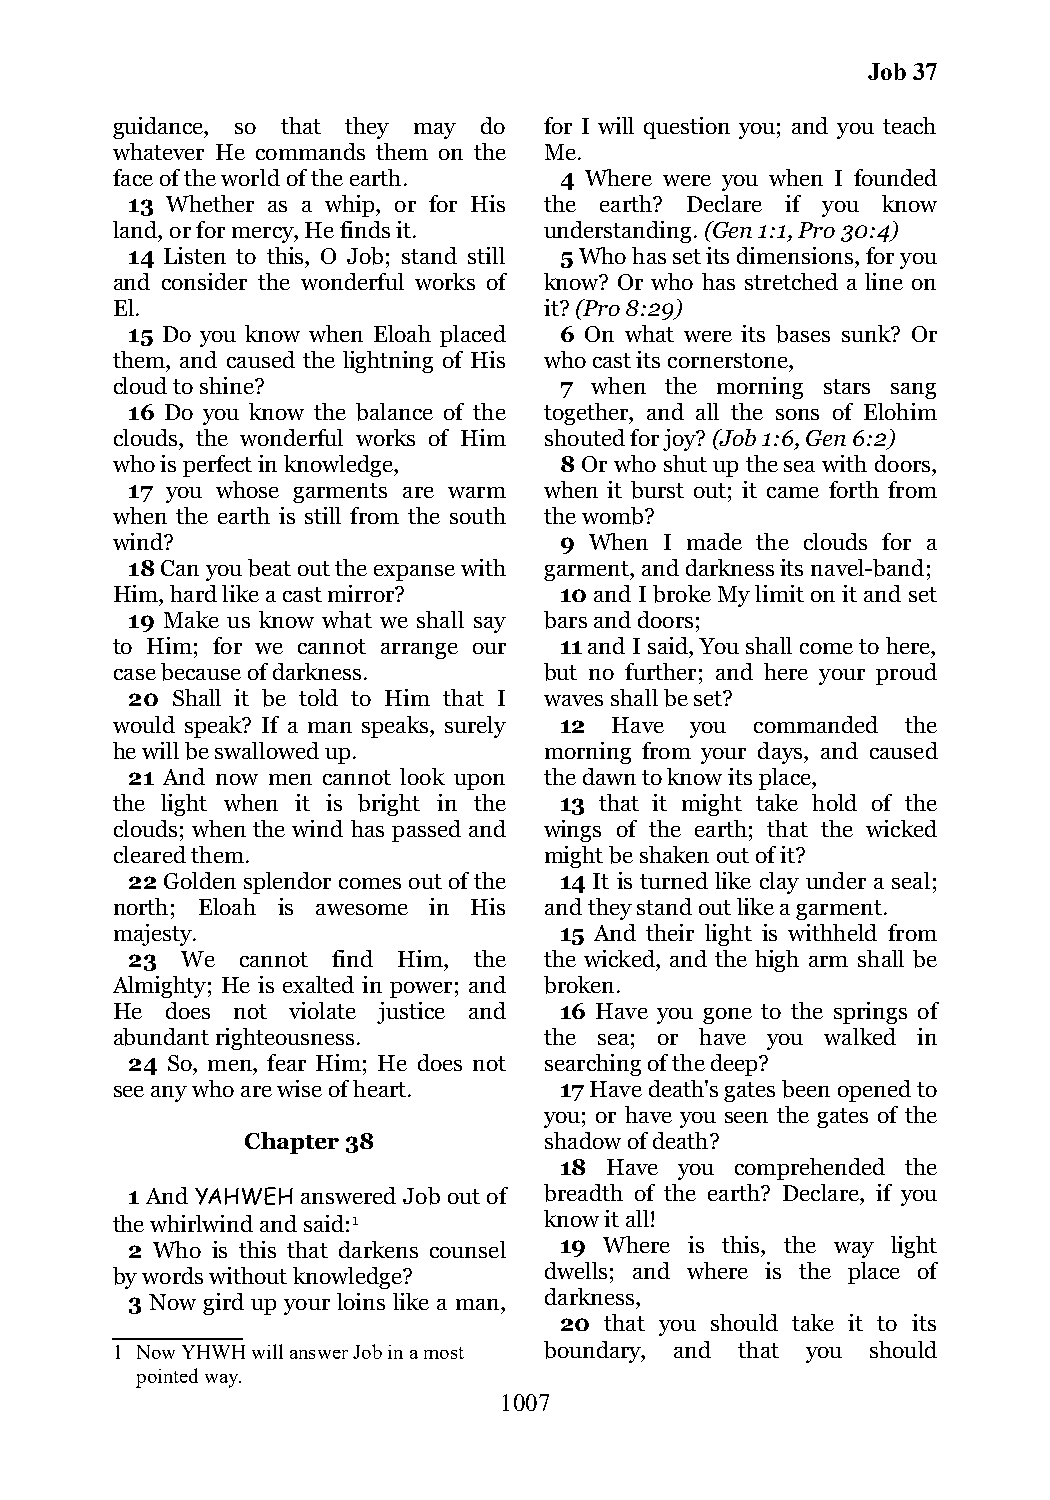
Job 37
 guidance, so that they may do for I will question you; and you teach
 whatever He commands them on the Me.
 face of the world of the earth. 4 Where were you when I founded
 13 Whether as a whip, or for His the earth? Declare if you know
 land, or for mercy, He finds it. understanding. (Gen 1:1, Pro 30:4)
 14 Listen to this, O Job; stand still 5 Who has set its dimensions, for you
 and consider the wonderful works of know? Or who has stretched a line on
 El.                          it? (Pro 8:29)
 15 Do you know when Eloah placed 6 On what were its bases sunk? Or
 them, and caused the lightning of His who cast its cornerstone,
 cloud to shine?               7 when the morning stars sang
 16 Do you know the balance of the together, and all the sons of Elohim
 clouds, the wonderful works of Him shouted for joy? (Job 1:6, Gen 6:2)
 who is perfect in knowledge,  8 Or who shut up the sea with doors,
 17 you whose garments are warm when it burst out; it came forth from
 when the earth is still from the south the womb?
 wind?                         9 When I made the clouds for a
 18 Can you beat out the expanse with garment, and darkness its navel-band;
 Him, hard like a cast mirror? 10 and I broke My limit on it and set
 19 Make us know what we shall say bars and doors;
 to Him; for we cannot arrange our 11 and I said, You shall come to here,
 case because of darkness.    but no further; and here your proud
 20 Shall it be told to Him that I waves shall be set?
 would speak? If a man speaks, surely 12 Have you commanded the
 he will be swallowed up.     morning from your days, and caused
 21 And now men cannot look upon the dawn to know its place,
 the light when it is bright in the 13 that it might take hold of the
 clouds; when the wind has passed and wings of the earth; that the wicked
 cleared them.                might be shaken out of it?
 22 Golden splendor comes out of the 14 It is turned like clay under a seal;
 north; Eloah is awesome in His and they stand out like a garment.
 majesty.                      15 And their light is withheld from
 23  We  cannot find Him, the the wicked, and the high arm shall be
 Almighty; He is exalted in power; and broken.
 He  does not violate justice and 16 Have you gone to the springs of
 abundant righteousness.      the sea; or have you walked in
 24 So, men, fear Him; He does not searching of the deep?
 see any who are wise of heart. 17 Have death's gates been opened to
 you; or have you seen the gates of the
 Chapter 38          shadow of death?
 18 Have you comprehended the
 1 And YAHWEH answered Job out of breadth of the earth? Declare, if you
 the whirlwind and said:1     know it all!
 2 Who is this that darkens counsel 19 Where is this, the way light
 by words without knowledge?  dwells; and where is the place of
 3 Now gird up your loins like a man, darkness,
 20 that you should take it to its
 1 Now YHWH will answer Job in a most boundary, and that you should
 pointed way.
 1007